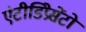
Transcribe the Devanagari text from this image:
एंटीडिप्रेसेंटों